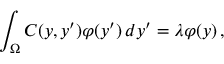
\int _ { \Omega } C ( y , y ^ { \prime } ) \varphi ( y ^ { \prime } ) \, d y ^ { \prime } = \lambda \varphi ( y ) \, ,